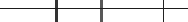
١٥